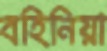
বহিনিয়া